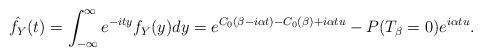
LaTeX: \begin{align*}\hat{f_Y}(t) =\int_{-\infty}^{\infty}e^{-i t y}f_Y(y)dy=e^{C_0(\beta-i \alpha t)-C_0(\beta)+i \alpha t u}-P(T_\beta=0) e^{i\alpha t u}.\end{align*}